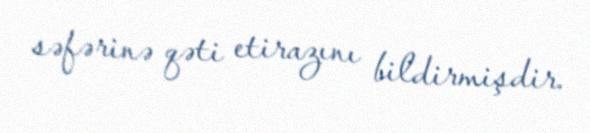
səfərinə qəti etirazını bildirmişdir.